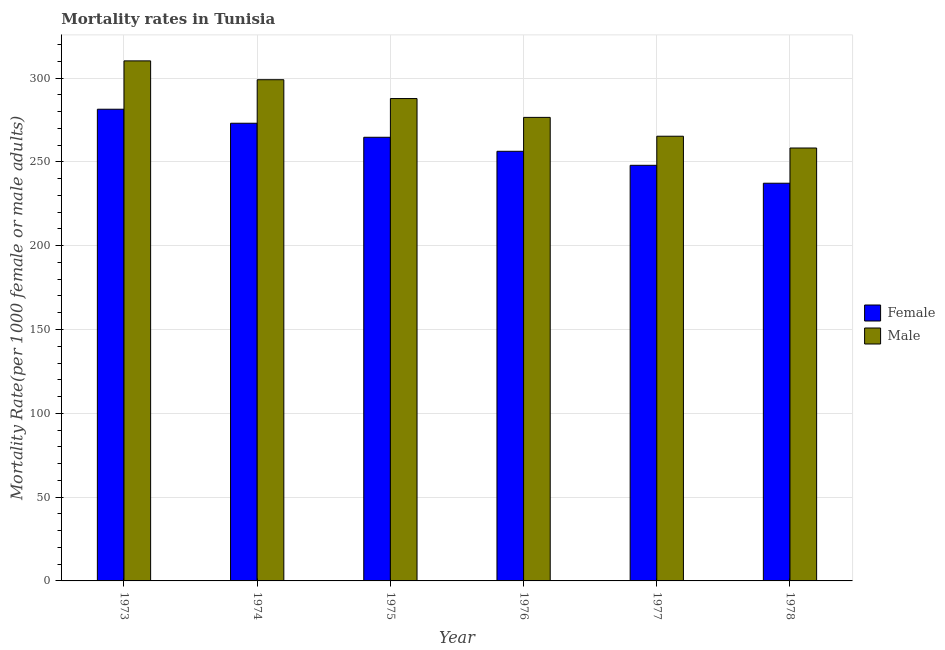
| Year | Female | Male |
 | --- | --- | --- |
 | 1973 | 281 | 310 |
 | 1974 | 273 | 299 |
 | 1975 | 265 | 288 |
 | 1976 | 256 | 277 |
 | 1977 | 248 | 265 |
 | 1978 | 237 | 258 |